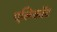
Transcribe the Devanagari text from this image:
एलिकॉट